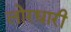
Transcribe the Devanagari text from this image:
लोरधारी